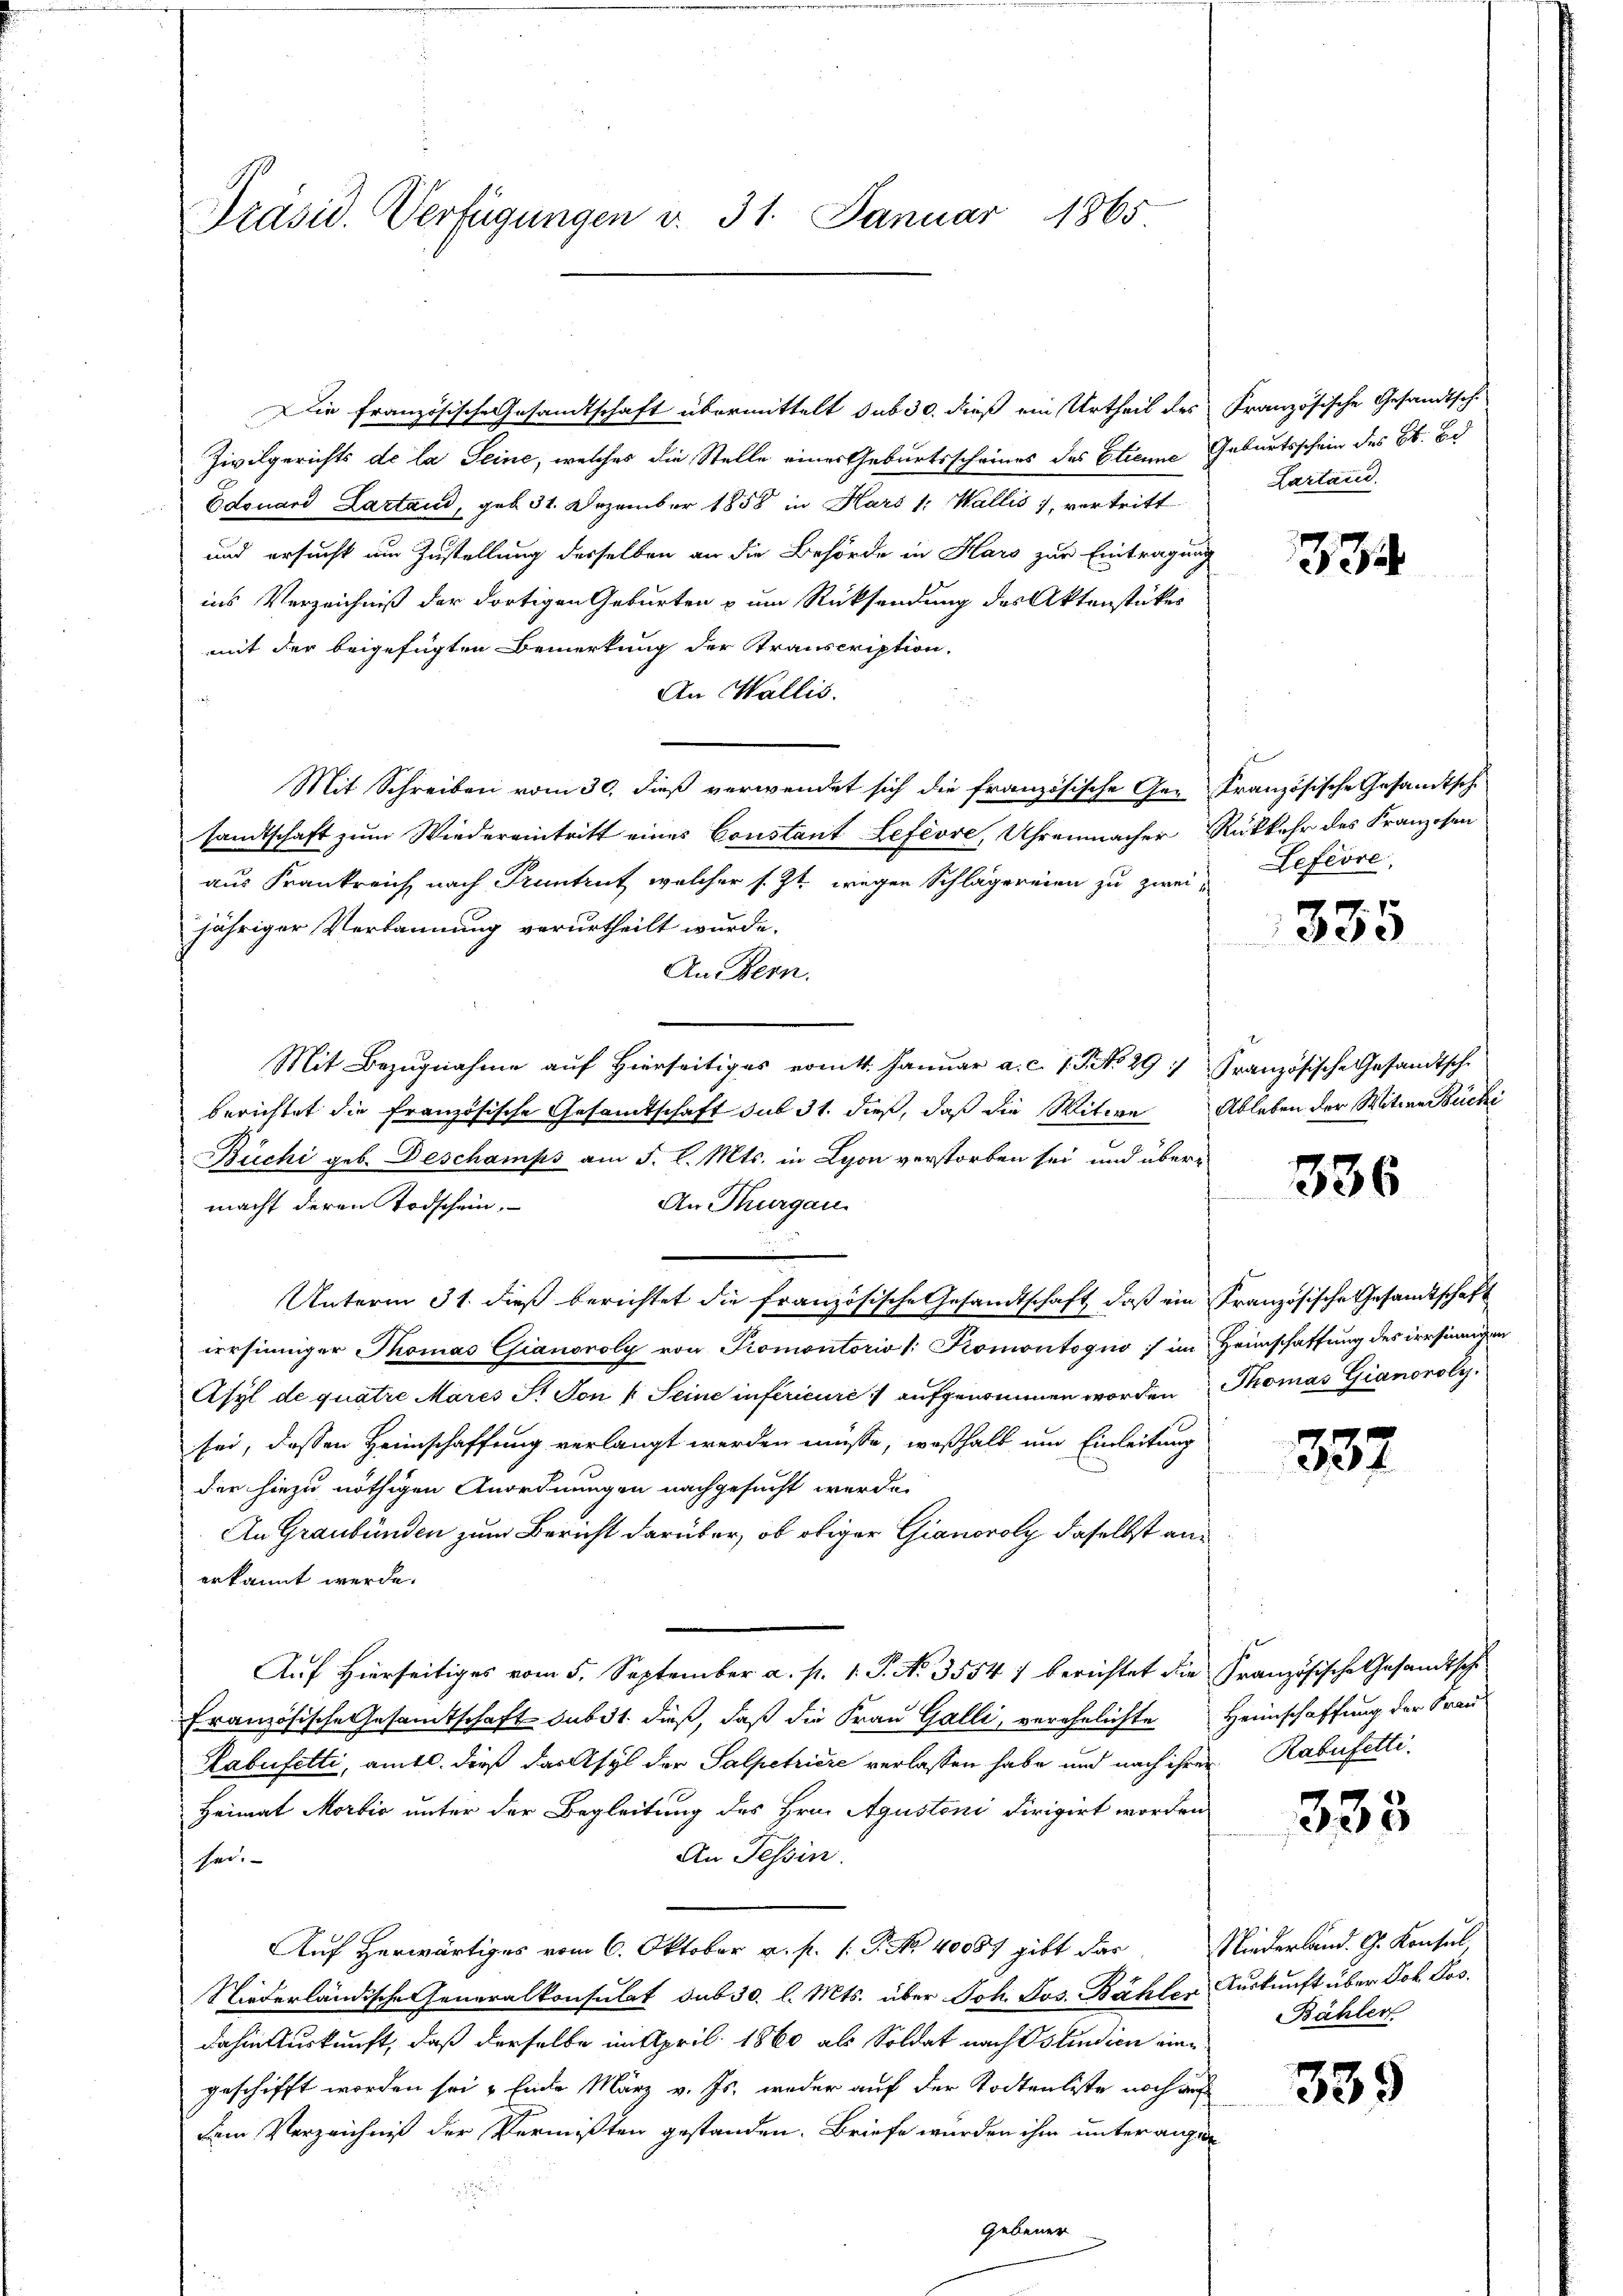
Präsid. Verfügungen v. 31. Januar 1865

Die französische Gesandtschaft übermittelt sub 30. dieß ein Urtheil des Französische Gesandtsch
Zivilgerichts de la Seine, welches die Stelle eines Geburtsscheines des Etienne Geburtsschein des B. Bd
Edouard Lartaud, geb. 31. Dezember 1858 in Haró 1: Wallis, vertritt
und ersucht um Zustellung desselben an die Behörde in Haro zur Eintragung
ins Verzeichniß der dortigen Geburten & um Rücksendung des Aktenstückig
mit der beigefügten Bemerkung der Transcription,
An Wallis.
Mit Schreiben vom 30. dieß verwendet sich die französische Ge- Französische Gesamtsch
sandtschaft zum Wiedereintritt eines Constant Lefevre, Uhrenmacher Rückkehr des Franzosen
aus Frankreich nach Truntrut, welcher s. Zt. wegen Schlägereien zu zweijähriger Verkannung verurtheilt wurde.
An Hern.
Mit Bezugnahme auf Hierseitiges vomtt. Januar a. c. 1 P No 29. Französische Gesandtsch
berichtet die französische Gesamtschaft sub 31. dieß, daß die Witwe
Büchi geb. Deschamps am 5. l. Mts. in Lyon verstorben sei, und über¬
An Thurgau
macht deren Todschein.
Unterm 31. dieß berichtet die französische Gesandtschaft, daß ein Französische Gesamtschaft
irrsinniger Thomas Gianoroly von Promotorio /: Romontogno ; im Heimschaffung des irrsinnigen
Asyl de quatre Mares St. Von Seine inférieure :/ aufgenommen worden Thomas Gianoroly.
sei, dessen Heimschaffung verlangt werden müsse, weßhalb um Einleitung
der hiezu nöthigen Anordnungen nachgesucht werde.
An Graubünden zum Bericht darüber, ob obiger Gianoroly daselbst anerkannt werde.
Auf Hierseitiges vom 5. September a. p. 1. P. N. 35547 berichtet die Französische Gesandtsche
französische Gesamtschaft subst dieß, daß die Frau Galli, verehelichte Heimschaffung der Frau
Kabefetti, amtl. dieß das Asyl der Salpetriere verlassen habe und nach ihrer Rabefetti¬
Heimat Mortio unter der Begleitung des Hrn. Agustoni dirigirt worden
An Tessin.
her
Auf Herwärtiges vom 6. Oktober a. p. 1: P. No 40087 gibt das
Niederländische Generalkonsulat sub 30 l. Mts. über Joh. Jos. Bähler Auskunft über Joh. Jos.
dahin Auskunft, daß derselbe mit April 1860 als Soldat nach Ostindien eingeschifft worden sei Ende März v. Js. weder auf der Todtenliste noch der
dem Verzeichniß der Vermißten gestanden. Briefe wurden ihm unter angen
Gebener

Lartand.

334

Lefevre,

335

Ableben der Witwe Büchi

336

337

333

Niederland. G. Konsul
Bähler

339